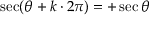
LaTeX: \sec ( \theta + k \cdot 2 \pi ) = + \sec \theta